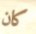
كان